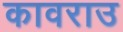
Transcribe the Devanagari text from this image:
कावराउ